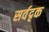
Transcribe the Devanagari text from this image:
सर्वदृक